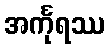
အင်္ကုရဿ